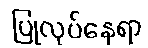
ပြုလုပ်နေရာ